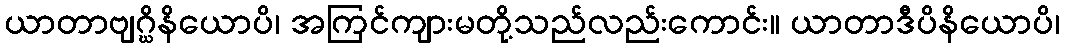
ယာတာဗျဂ္ဃိနိယောပိ၊ အကြင်ကျားမတို့သည်လည်းကောင်း။ ယာတာဒီပိနိယောပိ၊